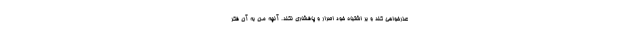
عذرخواهی کند و بر اشتباه خود اصرار و پافشاری نکند. آنچه من به آن فکر